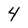
Character: 4